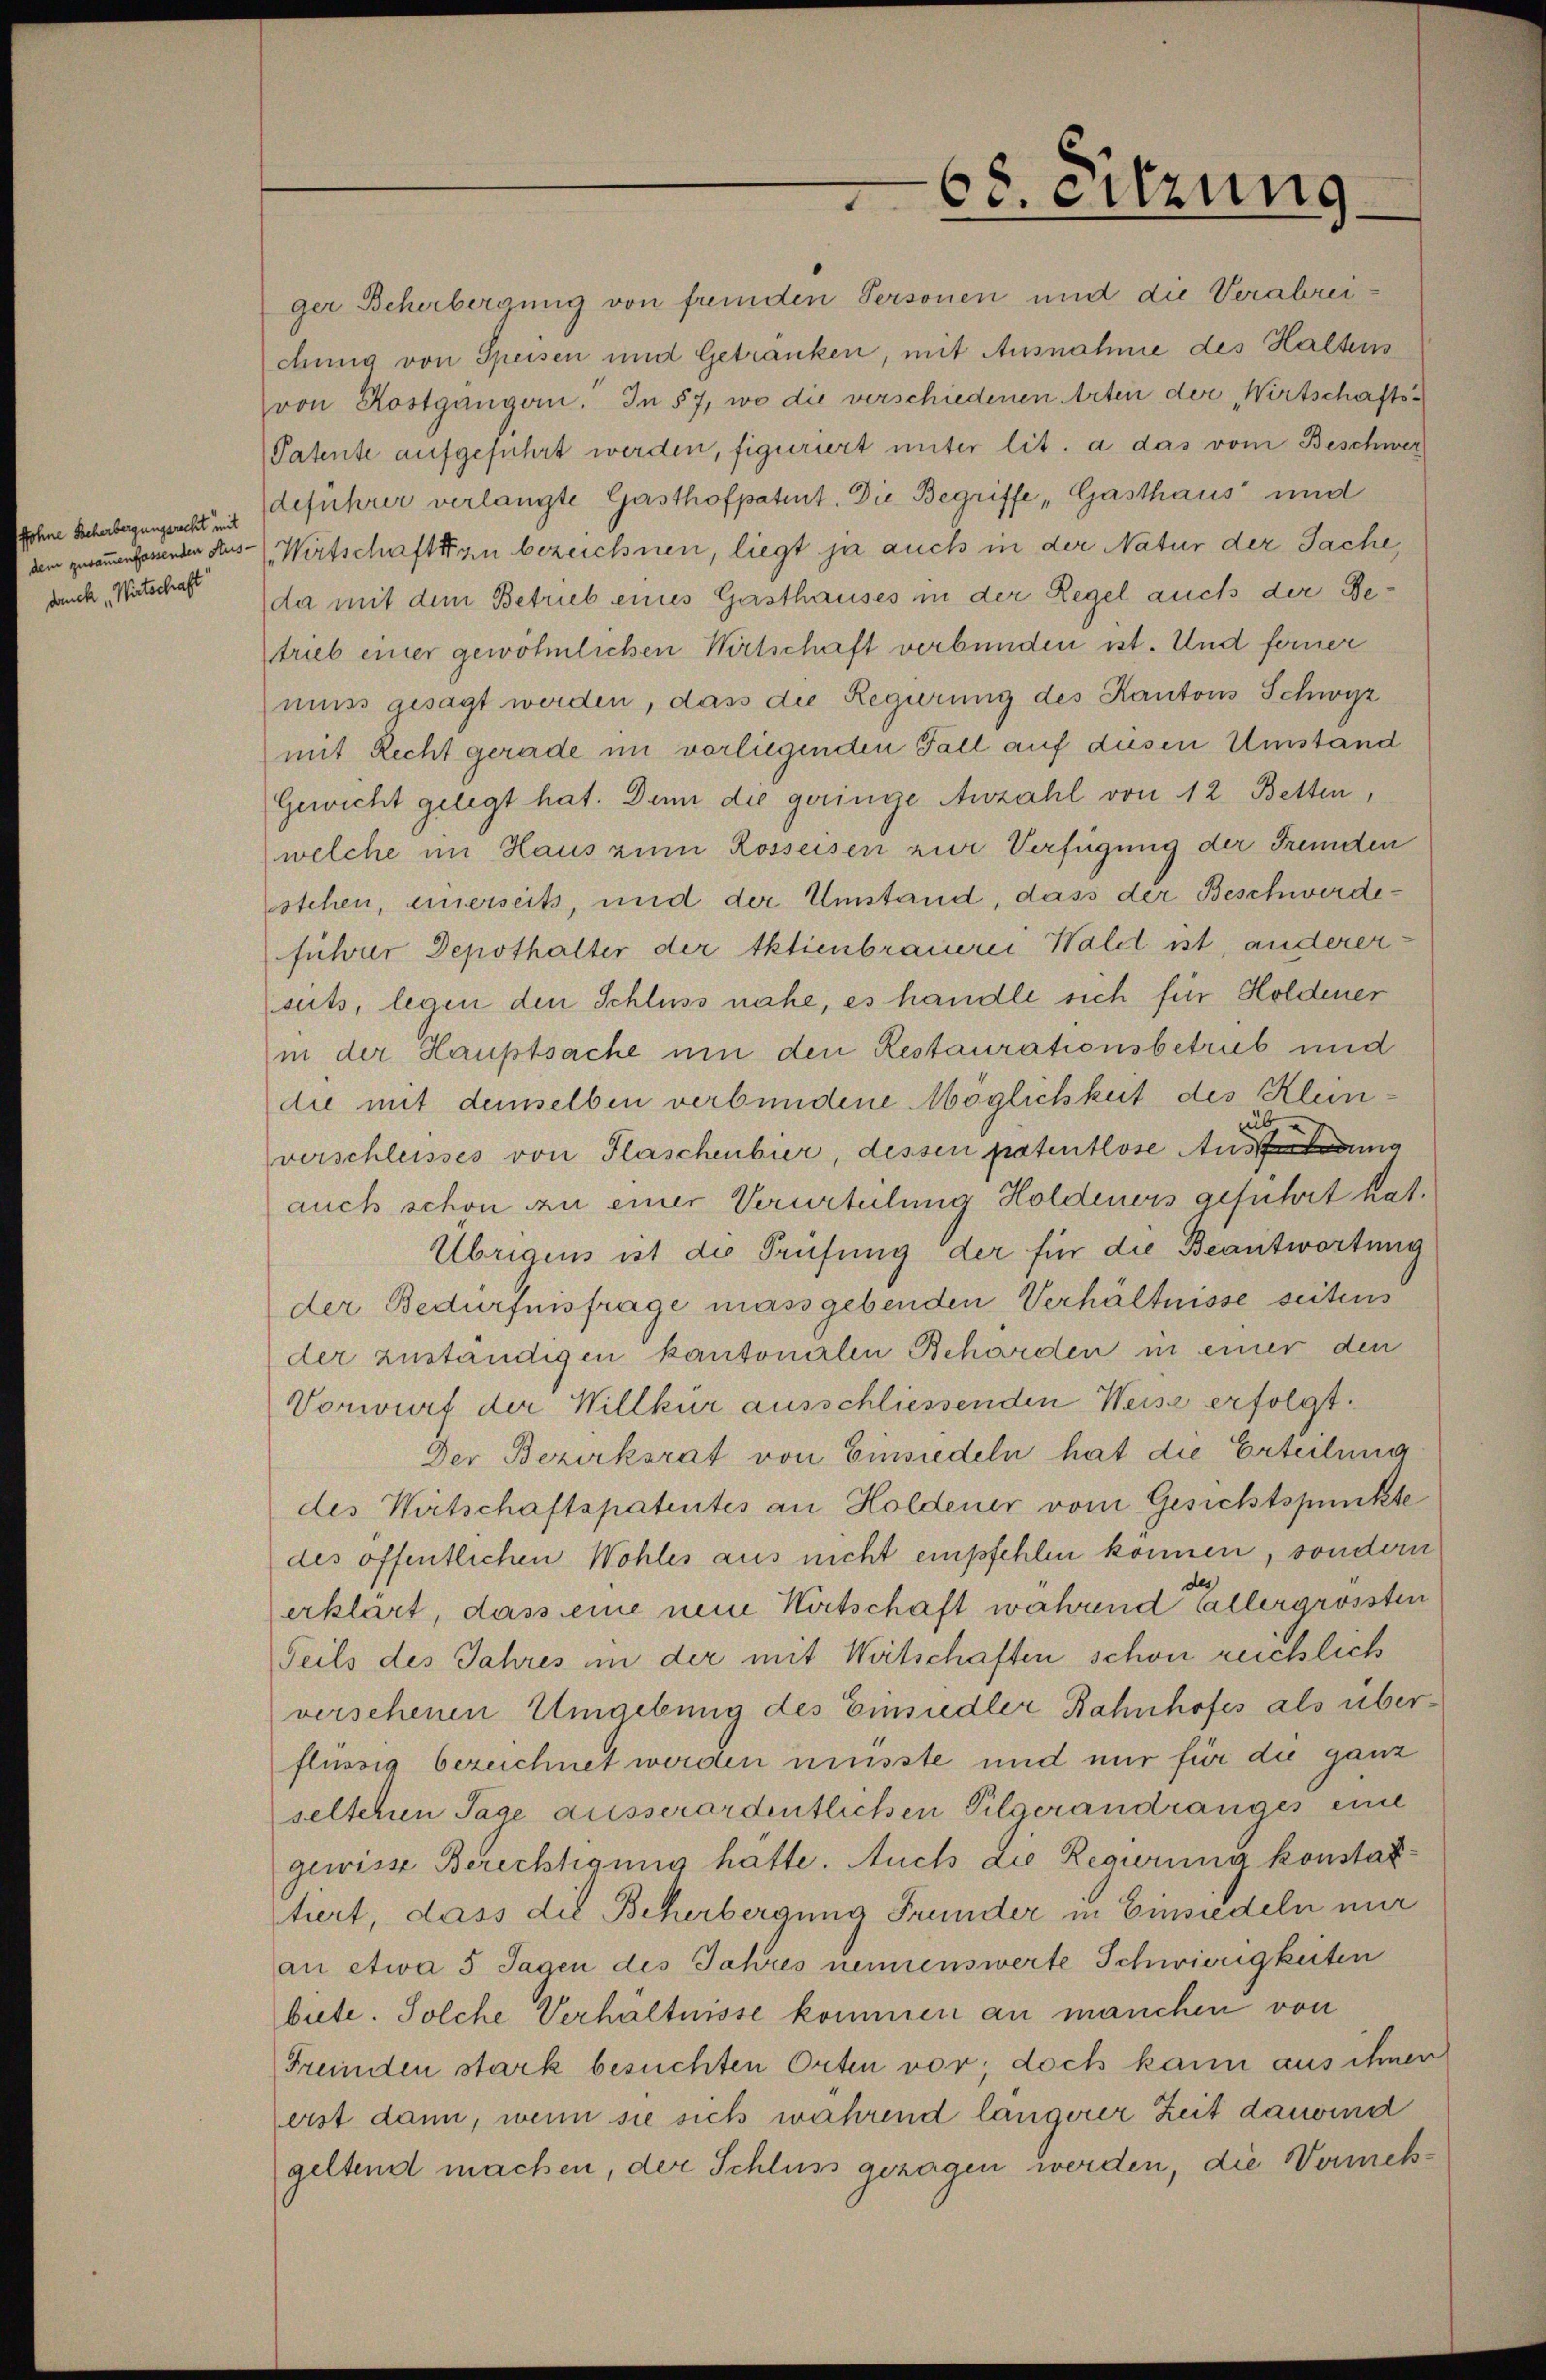
fohne Scherbergungsrecht mit
 dem zusammenfassenden Aus-
danck, Wirtschaft

68. Sitzung

ger Beherbergung von fremden Personen und die Verabreichung von Speisen und Getranken, mit Ausnahme des Haltens
von Kostgängen. In 57, wo die verschiedenen Arten der Wirtschafts¬
Patente aufgeführt werden, figuriert unter lit. a das vom Beschwer
deführer verlangte Gasthofpatent. Die Begriffe „Gasthaus und
Wirtschaften bezeichnen, liegt ja auch in der Natur der Sache,
da mit dem Betrieb eines Gasthauses in der Regel auchs der Be-
strieb einer gewöhnlichen Wirtschaft verbunden ist. Und ferner
muss gesagt werden, dass die Regierung des Kantons Schwyz
mit Recht gerade im vorliegenden Fall auf diesen Umstand
Gewicht gelegt hat. Denn die geringe Anzahl von 12 Betten,
welche im Haus zum Rosseisen zur Verfügung der Freunden
stehen, einerseits, und der Umstand, dass der Beschwerdeführer Depothalter der Aktienbrauerei Wald ist, anderersits, legen den Schluss nahe, es handle sich für Holdener
in der Hauptsache um den Restaurationsbetrieb und
die mit demselben verbundene Möglichkeit des Kleinverschleisses von Flaschenbier dessen patentlose Ausg
auch schon an einer Verurteilung Holdeners geführt hat.
Übrigens ist die Prüfung der für die Beantwortung
der Bedürfnisfrage massgebenden Verhältnisse seitens
der zuständigen kantonalen Behörden in einer den
Vorwurf der Willkür ausschliessenden Weise erfolgt.
Der Bezirksrat von Einsiedeln hat die Erteilung
des Wirtschaftspatentes an Holdener vom Gesichtspunkte
des öffentlichen Wohles aus nicht empfehlen können, sondern
de
erklärt, dass eine neue Wirtschaft wahrend allergrössten
Teils des Jahres in der mit Wertschaften schon reichlich
verschenen Umgebung des Einsiedler Bahnhofes als überflüssig bezeichnet werden musste und nur für die ganz
selschen Tage ausserordentlichen Pilgerandranges eine
gewisse Berechtannig hatte. Auch die Regierung konstattiert, dass die Beherbergung Frunder in Einsiedeln nur
an etwa 5 Tagen des Jahres nennenswerte Schwierigkeiten
biete. Solche Verhältnisse kommen an manchen von
Fremden stark besuchten Orten vor; doch kann aus ihnen
erst dann, wenn sie sich während längerer Zeit dauernd
geltend machen, der Schluss geragen werden, die Vermeh¬